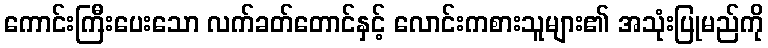
ကောင်းကြီးပေးသော လက်ခတ်တောင်နှင့် လောင်းကစားသူများ၏ အသုံးပြုမည်ကို